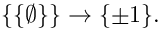
\{ \{ \emptyset \} \} \to \{ \pm 1 \} .